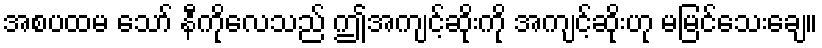
အစပထမ သော် နီကိုလေသည် ဤအကျင့်ဆိုးကို အကျင့်ဆိုးဟု မမြင်သေးချေ။